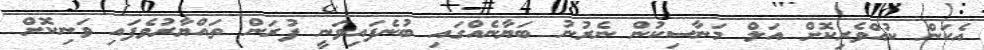
އެކަން ކުއްވެރިކޮށް އަލް މަނާސިކުން ނެރުނު ބަޔާނެއްގައި ބުނެފައިވަނީ ފުރަން ތައްޔާރުވެފައި ވަނިކޮށް